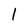
Character: 1